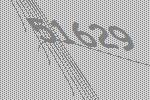
51629